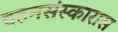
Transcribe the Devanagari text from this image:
दहनसंस्कारास